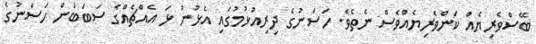
ބޭސްވެރިޔެއް ކަންވެރިޔެއްވެސް ނެތެވެ. ހަސަނުގެ ދިރިއުޅުމުގައި އެޅުނު ޅަ އެއްޗެއްގެ ސަބަބުން ހަސަނުގެ